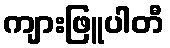
ကျားဖြူပါတီ